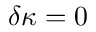
\delta \kappa = 0